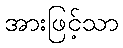
အားဖြင့်သာ